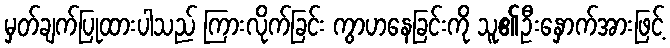
မှတ်ချက်ပြုထားပါသည် ကြားလိုက်ခြင်း ကွာဟနေခြင်းကို သူ၏ဦးနှောက်အားဖြင့်